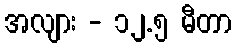
အလျား - ၁၂.၅ မီတာ